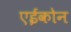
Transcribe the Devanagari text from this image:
एईकोन